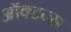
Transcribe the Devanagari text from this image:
ऑक्टन्स